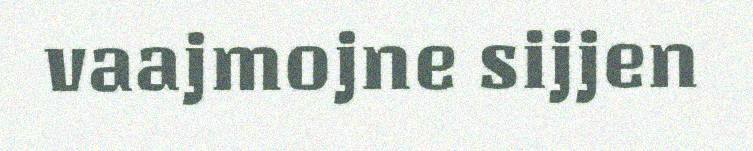
vaajmojne sijjen